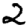
Digit: 2